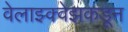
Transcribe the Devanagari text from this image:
वेलाझ्क्वेझकडून